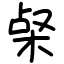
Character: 梷